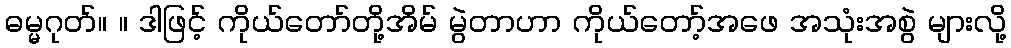
ဓမ္မဂုတ်။ ။ ဒါဖြင့် ကိုယ်တော်တို့အိမ် မွဲတာဟာ ကိုယ်တော့်အဖေ အသုံးအစွဲ များလို့